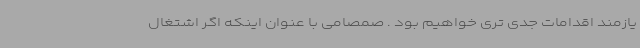
یازمند اقدامات جدی تری خواهیم بود . صمصامی با عنوان اینکه اگر اشتغال